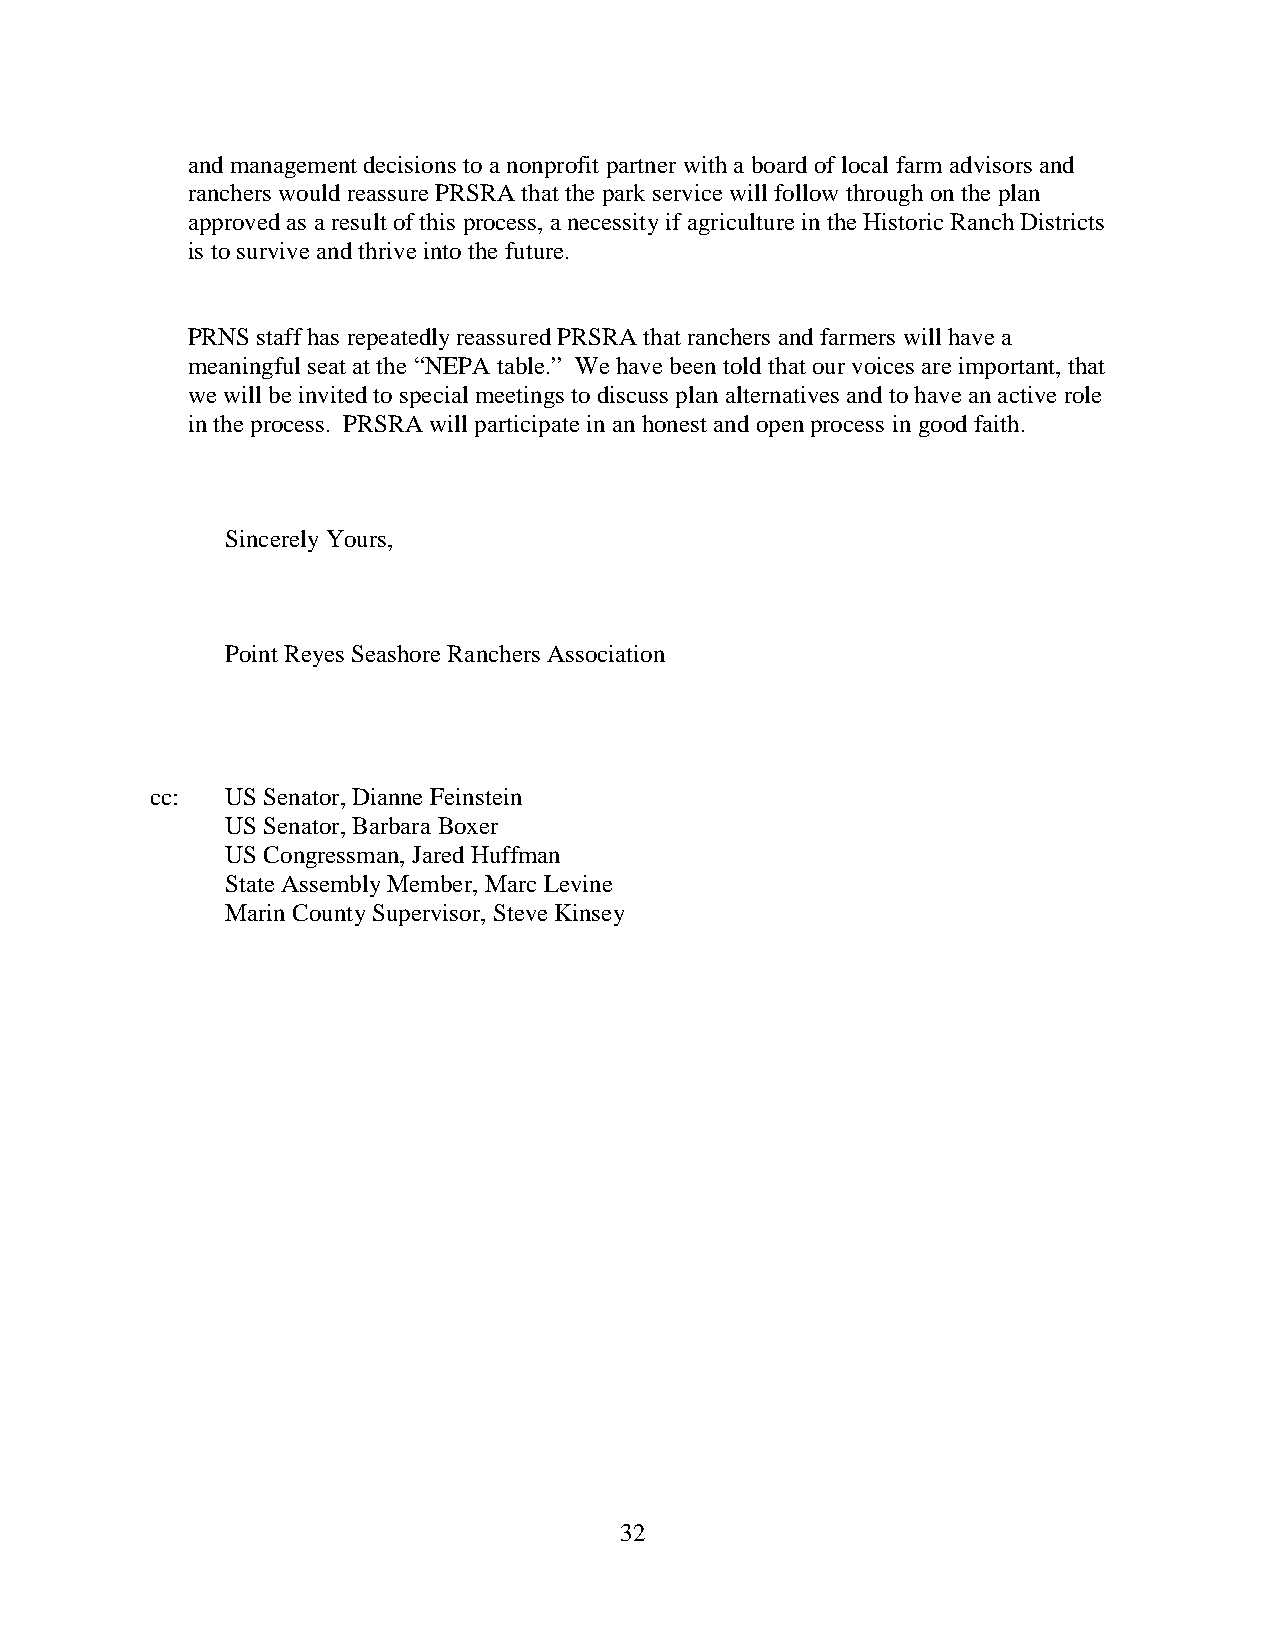
and management decisions to a nonprofit partner with a board of local farm advisors and
 ranchers would reassure PRSRA that the park service will follow through on the plan
 approved as a result of this process, a necessity if agriculture in the Historic Ranch Districts
 is to survive and thrive into the future.
 PRNS staff has repeatedly reassured PRSRA that ranchers and farmers will have a
 meaningful seat at the “NEPA table.” We have been told that our voices are important, that
 we will be invited to special meetings to discuss plan alternatives and to have an active role
 in the process. PRSRA will participate in an honest and open process in good faith.
 Sincerely Yours,
 Point Reyes Seashore Ranchers Association
 cc:  US Senator, Dianne Feinstein
 US Senator, Barbara Boxer
 US Congressman, Jared Huffman
 State Assembly Member, Marc Levine
 Marin County Supervisor, Steve Kinsey
 32